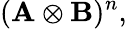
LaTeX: (\mathbf{A}\otimes\mathbf{B})^{n},